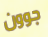
جوون